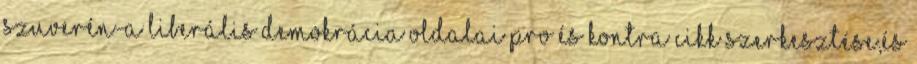
Szuverén-a liberális demokrácia oldalai Pro és kontra Cikk szerkesztése,és